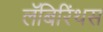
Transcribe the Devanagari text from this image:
लॅबिरिंथस